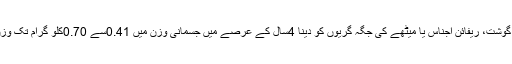
خاص طور پر پراسیس گوشت، ریفائن اجناس یا میٹھے کی جگہ گریوں کو دینا 4سال کے عرصے میں جسمانی وزن میں 0.41سے 0.70کلو گرام تک وزن میں کمی لا سکتا ہے۔